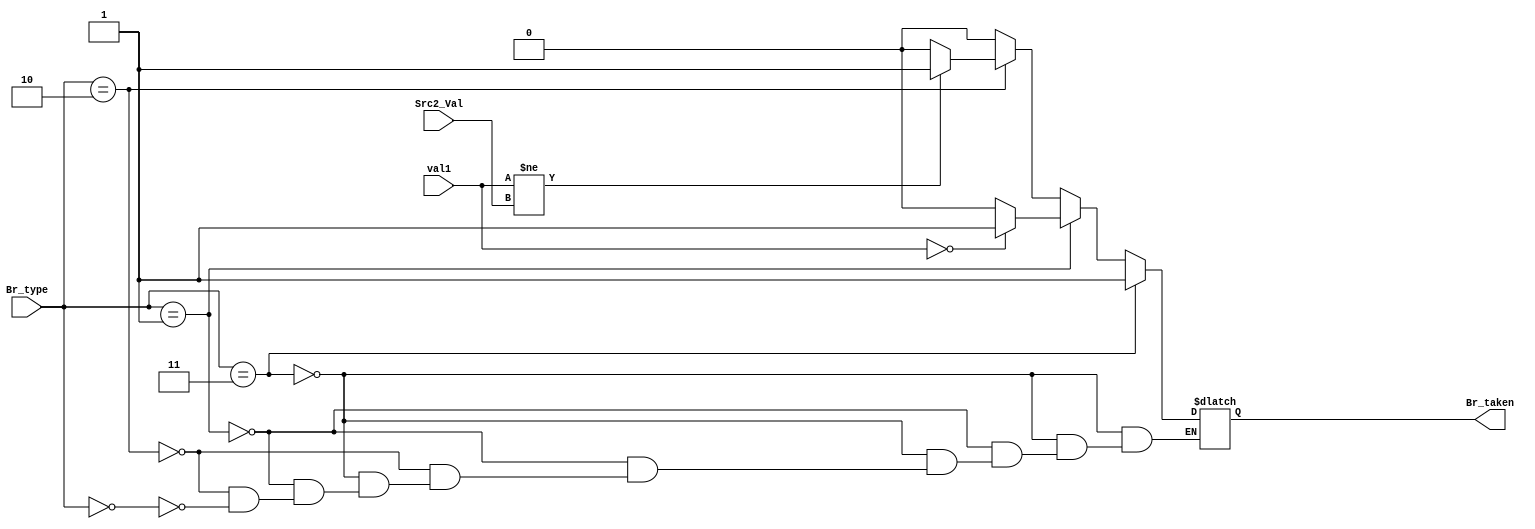
module EXE_Condition_Check(
	input [1:0] Br_type,
	input [31:0] val1,
	input [31:0] Src2_Val,

	output reg Br_taken
	);
	always @(*) begin
		if(Br_type == 2'b11) begin //JUMP
			Br_taken = 1'b1;
		end
		else if(Br_type == 2'b01) begin //BEZ
			if(val1 == 32'b0)
				Br_taken = 1'b1;
			else 
				Br_taken = 1'b0;
		end
		else if(Br_type == 2'b10) begin //BNE
			if(val1 != Src2_Val)
				Br_taken = 1'b1;
			else 
				Br_taken = 1'b0;
		end
		else if(Br_type == 2'b00) begin //Other Instructions
			Br_taken = 1'b0;
		end
			
	end
endmodule